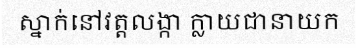
ស្នាក់នៅវត្តលង្កា ក្លាយជានាយក